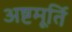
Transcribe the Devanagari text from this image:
अष्टमूर्ति